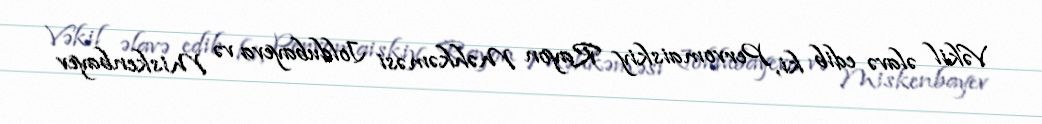
Vəkil əlavə edib ki, Pervomaiskiy Rayon Məhkəməsi Joldubayeva və Miskenbayev